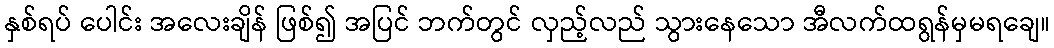
နှစ်ရပ် ပေါင်း အလေးချိန် ဖြစ်၍ အပြင် ဘက်တွင် လှည့်လည် သွားနေသော အီလက်ထရွန်မှမရချေ။